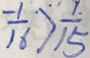
\frac { - 1 } { 1 6 } > \frac { 1 } { 1 5 }